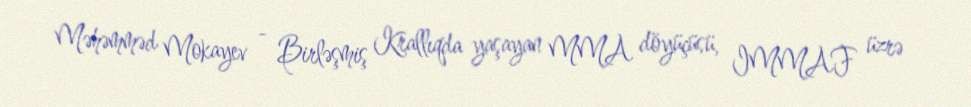
Məhəmməd Mokayev - Birləşmiş Krallıqda yaşayan MMA döyüçüsü, IMMAF üzrə